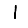
Digit: 1